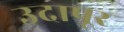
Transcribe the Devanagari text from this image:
उदापूर